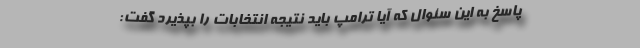
پاسخ به این سئوال که آیا ترامپ باید نتیجه انتخابات را بپذیرد گفت: